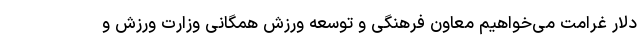
دلار غرامت می‌خواهیم معاون فرهنگی و توسعه ورزش همگانی وزارت ورزش و